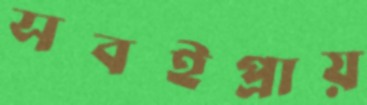
সবইপ্রায়